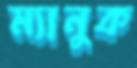
ম্যানুক